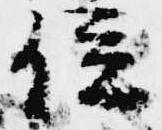
位